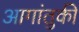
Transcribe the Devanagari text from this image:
आगांतुकी